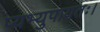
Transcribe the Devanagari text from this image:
प्यभ्युपायतः।